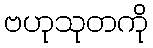
ဗဟုသုတကို